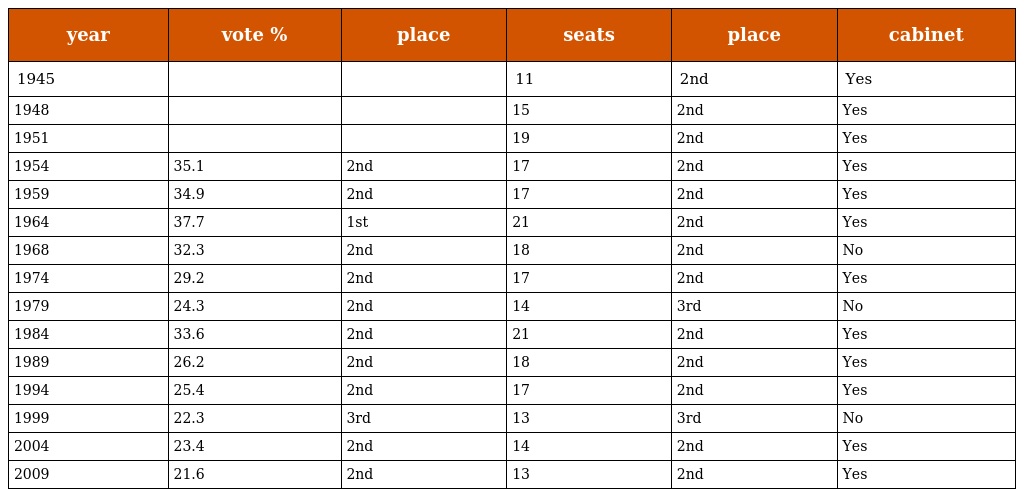
| year | vote % | place | seats | place | cabinet |
 | --- | --- | --- | --- | --- | --- |
 | 1945 |  |  | 11 | 2nd | Yes |
 | 1948 |  |  | 15 | 2nd | Yes |
 | 1951 |  |  | 19 | 2nd | Yes |
 | 1954 | 35.1 | 2nd | 17 | 2nd | Yes |
 | 1959 | 34.9 | 2nd | 17 | 2nd | Yes |
 | 1964 | 37.7 | 1st | 21 | 2nd | Yes |
 | 1968 | 32.3 | 2nd | 18 | 2nd | No |
 | 1974 | 29.2 | 2nd | 17 | 2nd | Yes |
 | 1979 | 24.3 | 2nd | 14 | 3rd | No |
 | 1984 | 33.6 | 2nd | 21 | 2nd | Yes |
 | 1989 | 26.2 | 2nd | 18 | 2nd | Yes |
 | 1994 | 25.4 | 2nd | 17 | 2nd | Yes |
 | 1999 | 22.3 | 3rd | 13 | 3rd | No |
 | 2004 | 23.4 | 2nd | 14 | 2nd | Yes |
 | 2009 | 21.6 | 2nd | 13 | 2nd | Yes |